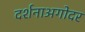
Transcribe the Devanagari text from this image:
दर्शनाअगोदर